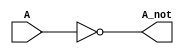
`timescale 1ns / 1ps
//////////////////////////////////////////////////////////////////////////////////
// Company: 
// Engineer: 
// 
// Design Name: 
// Module Name: Inverter
// Project Name: 
// Target Devices: 
// Tool Versions: 
// Description: 
// 
// Dependencies: 
// 
// Revision:
// Revision 0.01 - File Created
// Additional Comments:
// 
//////////////////////////////////////////////////////////////////////////////////

//module Inverter(A, A_notp[lost of ports]);
// []

module Inverter(A, A_not);

//ports dimensions, size
input A;
output A_not;

//Define logic
not not1(A_not, A);


endmodule